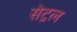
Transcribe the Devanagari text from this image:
सेट्रल